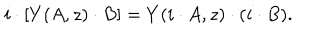
LaTeX: i \cdot \left[ Y ( A , z ) \cdot B \right] = Y ( i \cdot A , z ) \cdot ( i \cdot B ) .